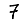
Digit: 7